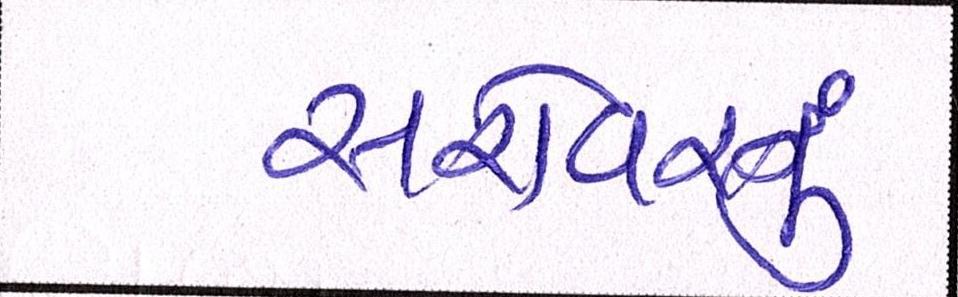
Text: સરોવરનું